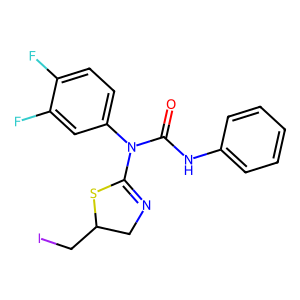
SMILES: O=C(Nc1ccccc1)N(C1=NCC(CI)S1)c1ccc(F)c(F)c1
Inhibits HIV replication: No